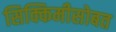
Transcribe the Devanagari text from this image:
सिक्किमीसोबत